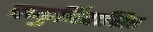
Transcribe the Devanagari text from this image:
ककुर्बितासिए